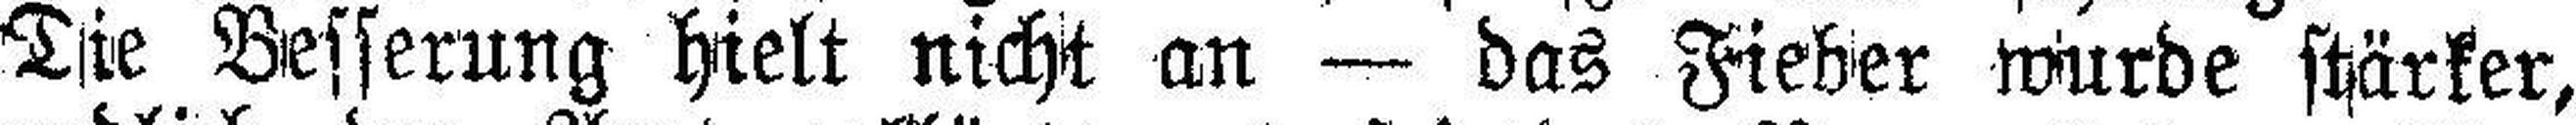
Die Besserung hielt nicht an — das Fieber wurde stärker,